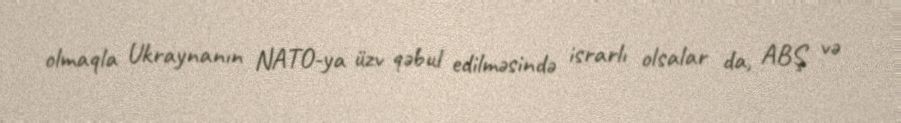
olmaqla Ukraynanın NATO-ya üzv qəbul edilməsində israrlı olsalar da, ABŞ və